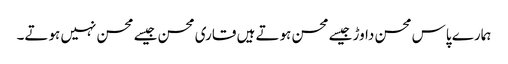
ہمارے پاس محسن داوڑ جیسے محسن ہوتے ہیں قاری محسن جیسے محسن نہیں ہوتے۔